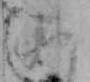
ニ